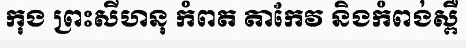
កុង ព្រះសីហនុ កំពត តាកែវ និងកំពង់ស្ពឺ